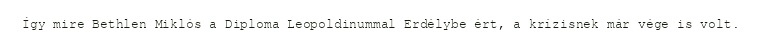
Így mire Bethlen Miklós a Diploma Leopoldinummal Erdélybe ért, a krízisnek már vége is volt.